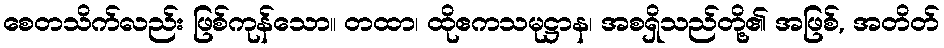
စေတသိက်လည်း ဖြစ်ကုန်သော။ တထာ၊ ထိုဧကသမုဋ္ဌာန၊ အစရှိသည်တို့၏ အဖြစ်, အတိတ်